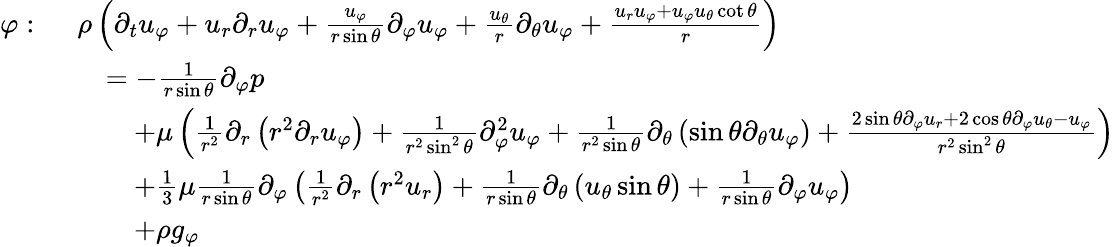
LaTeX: {\begin{array}{rl}{\varphi:\ }&{\rho\left({\partial_{t}u_{\varphi}}+u_{r}{\partial_{r}u_{\varphi}}+{\frac{u_{\varphi}}{r\sin\theta}}{\partial_{\varphi}u_{\varphi}}+{\frac{u_{\theta}}{r}}{\partial_{\theta}u_{\varphi}}+{\frac{u_{r}u_{\varphi}+u_{\varphi}u_{\theta}\cot\theta}{r}}\right)}\\ &{\quad=-{\frac{1}{r\sin\theta}}{\partial_{\varphi}p}}\\ &{\qquad+\mu\left({\frac{1}{r^{2}}}\partial_{r}\left(r^{2}{\partial_{r}u_{\varphi}}\right)+{\frac{1}{r^{2}\sin^{2}\theta}}{\partial_{\varphi}^{2}u_{\varphi}}+{\frac{1}{r^{2}\sin\theta}}\partial_{\theta}\left(\sin\theta{\partial_{\theta}u_{\varphi}}\right)+{\frac{2\sin\theta{\partial_{\varphi}u_{r}}+2\cos\theta{\partial_{\varphi}u_{\theta}}-u_{\varphi}}{r^{2}\sin^{2}\theta}}\right)}\\ &{\qquad+{\frac{1}{3}}\mu{\frac{1}{r\sin\theta}}\partial_{\varphi}\left({\frac{1}{r^{2}}}\partial_{r}\left(r^{2}u_{r}\right)+{\frac{1}{r\sin\theta}}\partial_{\theta}\left(u_{\theta}\sin\theta\right)+{\frac{1}{r\sin\theta}}{\partial_{\varphi}u_{\varphi}}\right)}\\ &{\qquad+\rho g_{\varphi}}\end{array}}